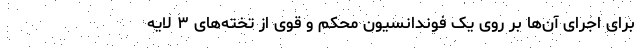
برای اجرای آن‌ها بر روی یک فوندانسیون محکم و قوی از تخته‌های ۳ لایه